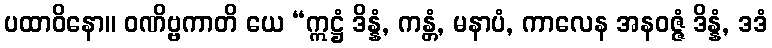
ပထာဝိနော။ ဝဏိဗ္ဗကာတိ ယေ “ဣဋ္ဌံ ဒိန္နံ, ကန္တံ, မနာပံ, ကာလေန အနဝဇ္ဇံ ဒိန္နံ, ဒဒံ